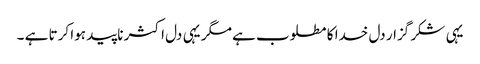
یہی شکر گزار دل خدا کا مطلوب ہے مگر یہی دل اکثر ناپید ہوا کرتا ہے ۔